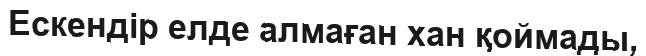
Ескендір елде алмаған хан қоймады,